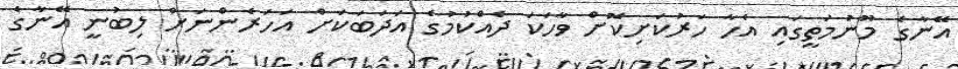
އޭނާގެ މޫނުމަތީގައި އެހާ ހަރުކަށިކޮށް ވާހަކަ ދެއްކުމުގެ އަދަބަކަށް އަހަރެންނަށް ލިބުނީ އޭނާގެ